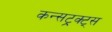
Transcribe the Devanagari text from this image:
कन्सट्रक्ट्स